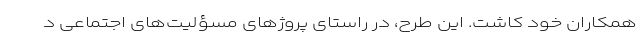
همکاران خود کاشت. این طرح، در راستای پروژهای مسؤلیت‌های اجتماعی د